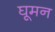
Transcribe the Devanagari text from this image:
घूमन